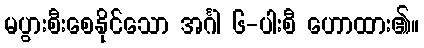
မပွားစီးစေနိုင်သော အင်္ဂါ ၆-ပါးစီ ဟောထား၏။